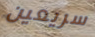
سريعين